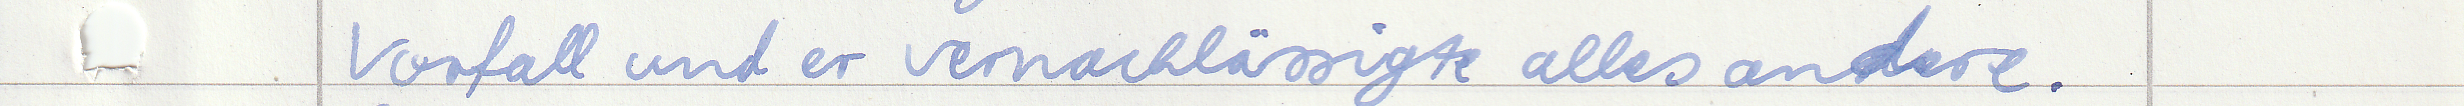
Vorfall und er vernachlässigte alles andere.